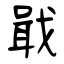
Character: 戢